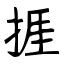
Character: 捱